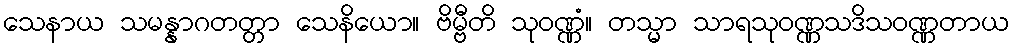
သေနာယ သမန္နာဂတတ္တာ သေနိယော။ ဗိမ္ဗီတိ သုဝဏ္ဏံ။ တသ္မာ သာရသုဝဏ္ဏသဒိသဝဏ္ဏတာယ